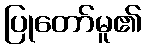
ပြုတော်မူ၏